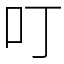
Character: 叮